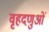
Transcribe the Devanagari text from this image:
वृहदणुओं